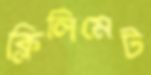
ক্লিলিমেট